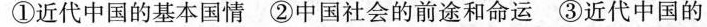
①近代中国的基本国情 ②中国社会的前途和命运 ③近代中国的